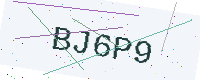
Text: BJ6P9